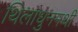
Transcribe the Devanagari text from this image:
थिलाधुनमथी